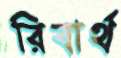
রিবার্থ